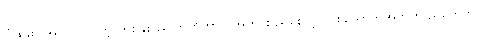
ခြံထဲမှာ အလုပ်လုပ်တဲ့ တစ်နှစ်ခွဲလောက်ကာလအတွင်း ညစောင့် တစ်ယောက်အတွက် ညတွေဟာ